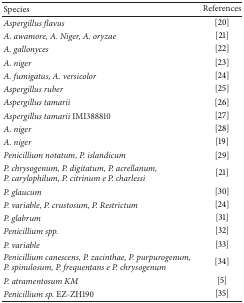
<table><thead><tr><td><b>Species</b></td><td><b>References</b></td></tr></thead><tbody><tr><td><i>Aspergillus flavus </i></td><td>[20]</td></tr><tr><td><i>A. awamore, A. Niger, A. oryzae </i></td><td>[21]</td></tr><tr><td><i>A. gallonyces </i></td><td>[22]</td></tr><tr><td><i>A. niger </i></td><td>[23]</td></tr><tr><td><i>A. fumigatus, A. versicolor </i></td><td>[24]</td></tr><tr><td><i>Aspergillus ruber </i></td><td>[25]</td></tr><tr><td><i>Aspergillus tamarii </i></td><td>[26]</td></tr><tr><td><i>Aspergillus tamarii </i>IMI388810</td><td>[27]</td></tr><tr><td><i>A. niger </i></td><td>[28]</td></tr><tr><td><i>A. niger </i></td><td>[19]</td></tr><tr><td><i>Penicillium notatum, P. islandicum </i></td><td>[29]</td></tr><tr><td><i>P. chrysogenum, P. digitatum, P. acrellanum,</i> <i>P. carylophilum, P. citrinum e P. charlessi </i></td><td>[21]</td></tr><tr><td><i>P. glaucum </i></td><td>[30]</td></tr><tr><td><i>P. variable, P. crustosum, P. Restrictum </i></td><td>[24]</td></tr><tr><td><i>P. glabrum </i></td><td>[31]</td></tr><tr><td><i>Penicillium spp. </i></td><td>[32]</td></tr><tr><td><i>P. variable </i></td><td>[33]</td></tr><tr><td><i>Penicillium canescens, P. zacinthae, P. purpurogenum,</i> <i>P. spinulosum, P. frequentans e P. chrysogenum </i></td><td>[34]</td></tr><tr><td><i>P. atramentosum KM </i></td><td>[5]</td></tr><tr><td><i>Penicillium sp. </i>EZ-ZH190</td><td>[35]</td></tr></tbody></table>